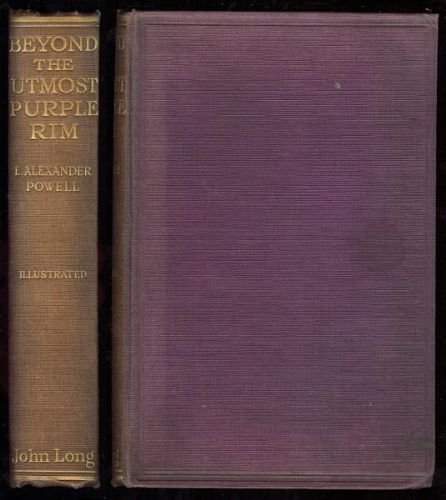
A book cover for Beyond the utmost purple rim;: Abyssinia, Somaliland, Kenya Colony, Zanzibar, the Camoros, Madagascar,; E. Alexander Powell; Travel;